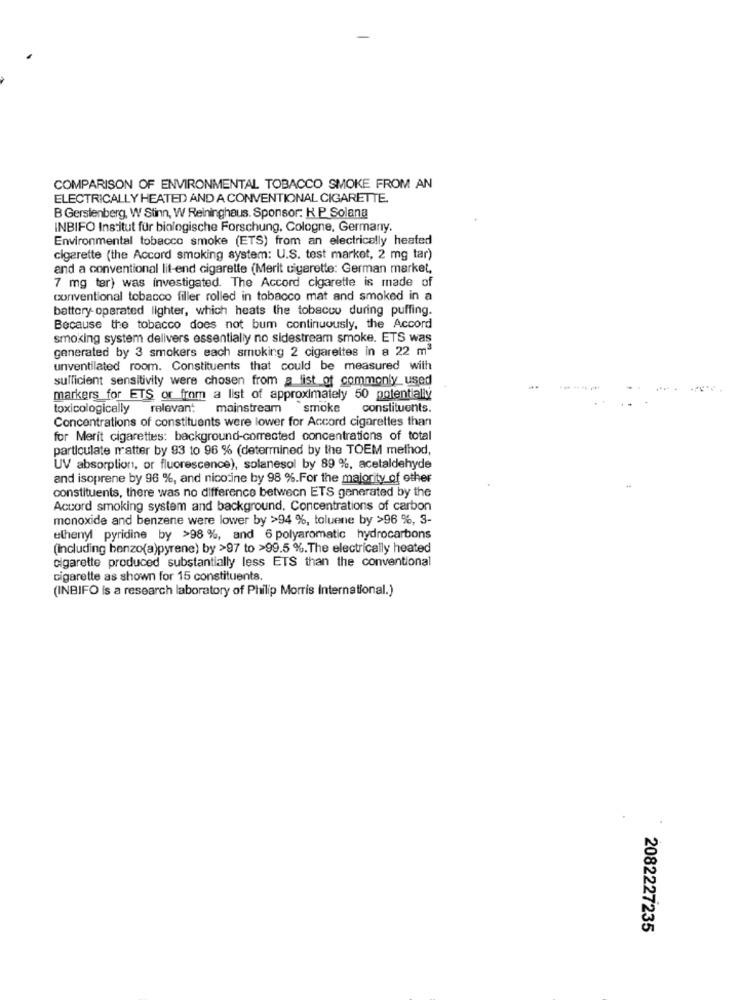
COMPARISON OF ENVIRONMENTAL TOBACCO SMOKE FROM AN
ELECTRICALLY HEATED AND A CONVENTIONAL CIGARETTE.
B Gerstenberg, W Stinn, W Reininghaus. Sponsor: K P Solana
INBIFO Institut für biologische Forschung. Cologne, Germany.
Environmental tobacco smoke (ETS) from an electricelly heated
cigarette (the Accord smoking system: U.S. test market, 2 mg tar)
and a conventional lit-end cigarette (Merit cigarette: German market,
7 mg ter) was investigated. The Accord cigarette is made of
conventional tobacco filler rolled in tobacco mat and smoked in a
battery operated lighter, which heats the tobacco during puffing.
Because the tobacco does not bum continuously, the Accord
smoking system delivers essentially no sidestream smoke. ETS was
generated by 3 smokers each smoking 2 cigarettes in a 22 m3
unventilated room. Constituents that could be measured with
sufficient sensitivity were chosen from a fist of commonly used
markers for ETS or from a list of approximately 50 potentially
toxicologically relevant mainstream
smoke constituents.
Concentrations of constituents were lower for Accord cigarettes than
for Merit cigarettes: background-corrected concentrations of total
particulate matter by 93 to 96 % (determined by the TOEM method,
UV absorption, or fluorescence), solanesol by 89 %, acetaldehyde
and isoprene by 96 %, and nicotine by 98 %.For the majority of other
constituents, there was no difference between ETS generated by the
Accord smoking system and background. Concentrations of carbon
monoxide and benzene were lower by >94 %, toluene by >96 %, 3-
ethenyl pyridine by >98 %, and 6 polyaromatic hydrocarbons
(Including benzo(a)pyrene) by >97 to >99.5 %. The electrically heated
cigarette produced substantially less ETS than the conventional
cigarette as shown for 15 constituents.
(INBIFO is a research laboratory of Philip Morris International.)
2082227235